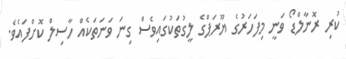
ކުރި ރޮނާލްޑޯ ވަނީ މިފަހަރުގެ ޔޫރަޕްގެ ލީގުތަކުގައިވެސް ގިނަ ވަނަތަކެއް ހާސިލް ކޮށްފައެވެ.